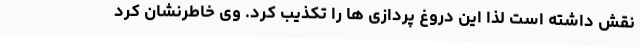
نقش داشته است لذا این دروغ پردازی ها را تکذیب کرد. وی خاطرنشان کرد